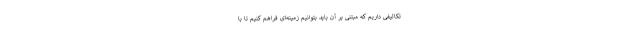
تکالیفی داریم که مبتنی بر آن باید بتوانیم زمینه‌ای فراهم کنیم تا با